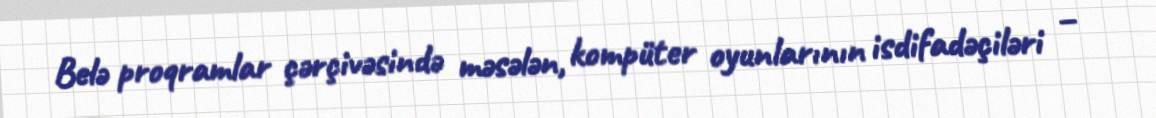
Belə proqramlar çərçivəsində məsələn, kompüter oyunlarının isdifadəçiləri –